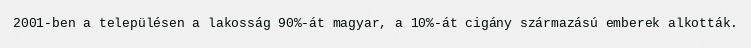
2001-ben a településen a lakosság 90%-át magyar, a 10%-át cigány származású emberek alkották.